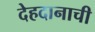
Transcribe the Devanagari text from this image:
देहदानाची